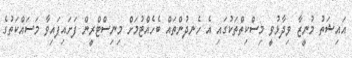
އައިޝަތު މުނީޒާ ވިދާޅުވީ މިސްކިތްތަކުގައި އެ ހެނދުންތައް ބެހެއްޓުމަށް މިނިސްޓްރީން ފަށައިފައިވާ މަސައްކަތުގެ